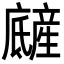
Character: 𤯿